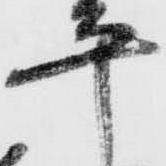
平